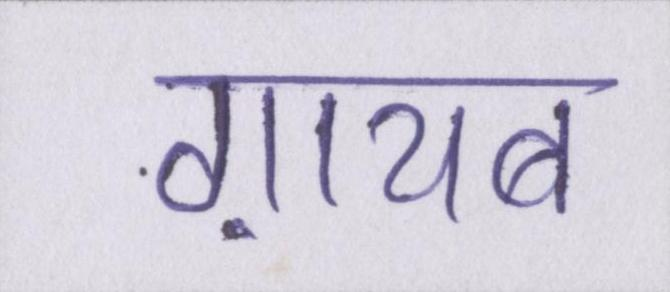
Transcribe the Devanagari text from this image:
ग़ायब